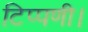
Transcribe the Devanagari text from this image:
टिप्पणी।